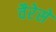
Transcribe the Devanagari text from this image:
वैरेसे